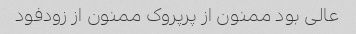
عالی بود ممنون از پرپروک ممنون از زودفود